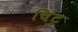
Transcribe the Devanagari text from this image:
चिंटु